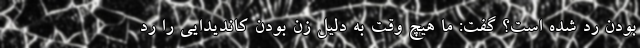
بودن رد شده است؟ گفت: ما هیچ وقت به دلیل زن بودن کاندیدایی را رد